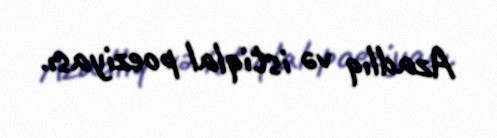
Azadlıq və istiqlal poeziyası.